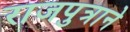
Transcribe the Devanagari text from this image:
राजपुत्राने